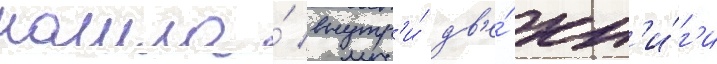
нашла́ внутр'и́ дв'е́ кн'и́г'и